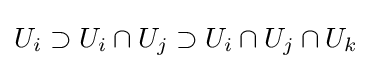
U_{i}\supset U_{i}\cap U_{j}\supset U_{i}\cap U_{j}\cap U_{k}